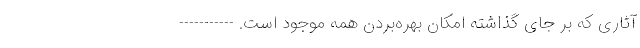
آثاری که بر جای گذاشته امکان بهره‌بردن همه موجود است. -----------